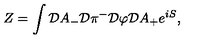
Z = \int { \cal D } A _ { - } { \cal D } \pi ^ { - } { \cal D } \varphi { \cal D } A _ { + } e ^ { i S } ,